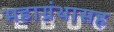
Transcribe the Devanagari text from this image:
महाग्रंथासह